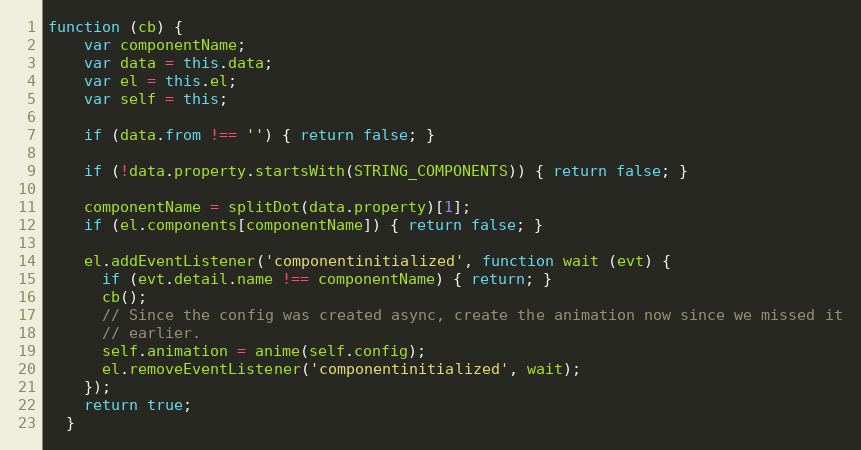
Language: JavaScript
function (cb) {
    var componentName;
    var data = this.data;
    var el = this.el;
    var self = this;

    if (data.from !== '') { return false; }

    if (!data.property.startsWith(STRING_COMPONENTS)) { return false; }

    componentName = splitDot(data.property)[1];
    if (el.components[componentName]) { return false; }

    el.addEventListener('componentinitialized', function wait (evt) {
      if (evt.detail.name !== componentName) { return; }
      cb();
      // Since the config was created async, create the animation now since we missed it
      // earlier.
      self.animation = anime(self.config);
      el.removeEventListener('componentinitialized', wait);
    });
    return true;
  }